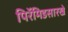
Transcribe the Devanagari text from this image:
पिरॅमिडसारखे